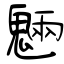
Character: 魎